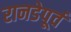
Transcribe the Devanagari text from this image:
रानडेपूर्व